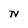
Character: N